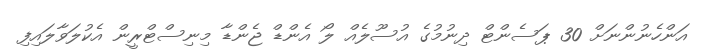
އަންހެނުންނަށް 30 ޕަސެންޓް ދިނުމުގެ އުސޫލެއް ލޯ އެންޑް ޖެންޑާ މިނިސްޓްރީން އެކުލަވާލައިފި